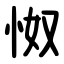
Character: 怓